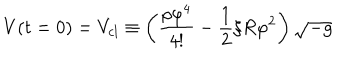
V ( t = 0 ) = V _ { c l } \equiv \left( \frac { \rho \varphi ^ { 4 } } { 4 ! } - \frac { 1 } { 2 } \xi R \varphi ^ { 2 } \right) \sqrt { - g }